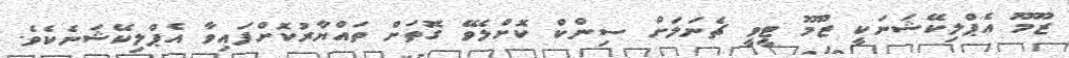
ޒޫމޫ އެޕްލިކޭޝަނަކީ ޒޫމޫ ޓީވީ ޗެނަލަށް ސިންކް ކޮށްލެވޭ ގޮތަށް ތައްޔާރުކޮށްފައިވާ އެޕްލިކޭޝަނެކެވެ.